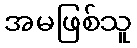
အမဖြစ်သူ